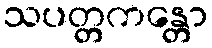
သပတ္တကန္တော